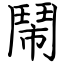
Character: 鬧